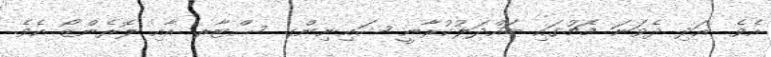
އެވެ. އަދި ދެވަނަ މެޗުގައި ބައްދަލުކުރާނީ ޝައިނިންގ ސްޓާރ އާއި ލޮރެންޒޯ އެވެ.